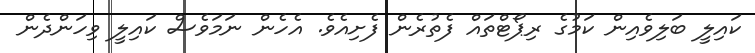
ކައިލީ ބަލިވެއިން ކަމުގެ ރިޕޯޓްތައް ފެތުރެން ފެށިއެވެ. އެހެން ނަމަވެސް ކައިލީ ވިހަންދެން